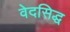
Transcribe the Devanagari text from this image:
वेदसिद्ध